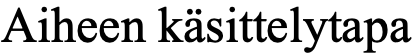
Aiheen käsittelytapa